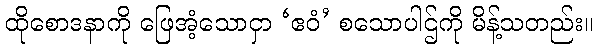
ထိုစောဒနာကို ဖြေအံ့သောငှာ ‘ဧဝံ’ စသောပါဌ်ကို မိန့်သတည်း။